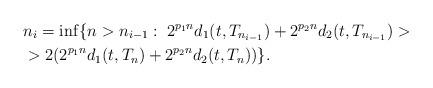
LaTeX: \begin{align*}& n_i=\inf\{n>n_{i-1}:\;2^{p_1 n}d_1(t,T_{n_{i-1}})+2^{p_2 n}d_2(t,T_{n_{i-1}})>\\& >2(2^{p_1 n}d_1(t,T_n)+2^{p_2 n}d_2(t,T_n))\}.\end{align*}